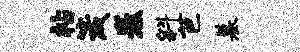
帖箴卷斜芭墓